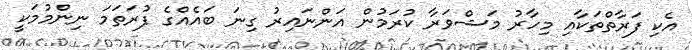
އެކި ފަރާތްތަކާއި މިހާރު މަޝްވަރާ ކުރަމުން އަންނައިރު ގިނަ ބައެއްގެ ފުރަތަމަ ނިންމުމަކީ